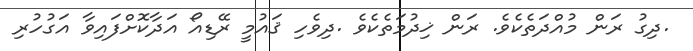
.ދިގު ރަން މުއްދަތެކެވެ. ރަން ޚިދުމަތެކެވެ .ދިވެހި ޤައުމީ ރޭޑިއޯ އަދާކޮށްފައިވާ އަގުހުރި